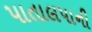
પાતાલપાની